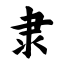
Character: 隶